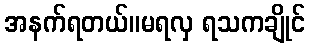
အနက်ရတယ်။မရလှ ရသကချိုင်